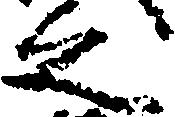
之